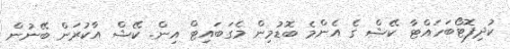
ކުދިފޮޓޯބަހައްޓާ ކޭޝް ގެ އެންމެ ބޮޑުމިން މެގަބައިޓް އިން. ކޭޝް އާކުރަން ބޭނުން